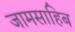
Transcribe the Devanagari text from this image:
जामसाहिब